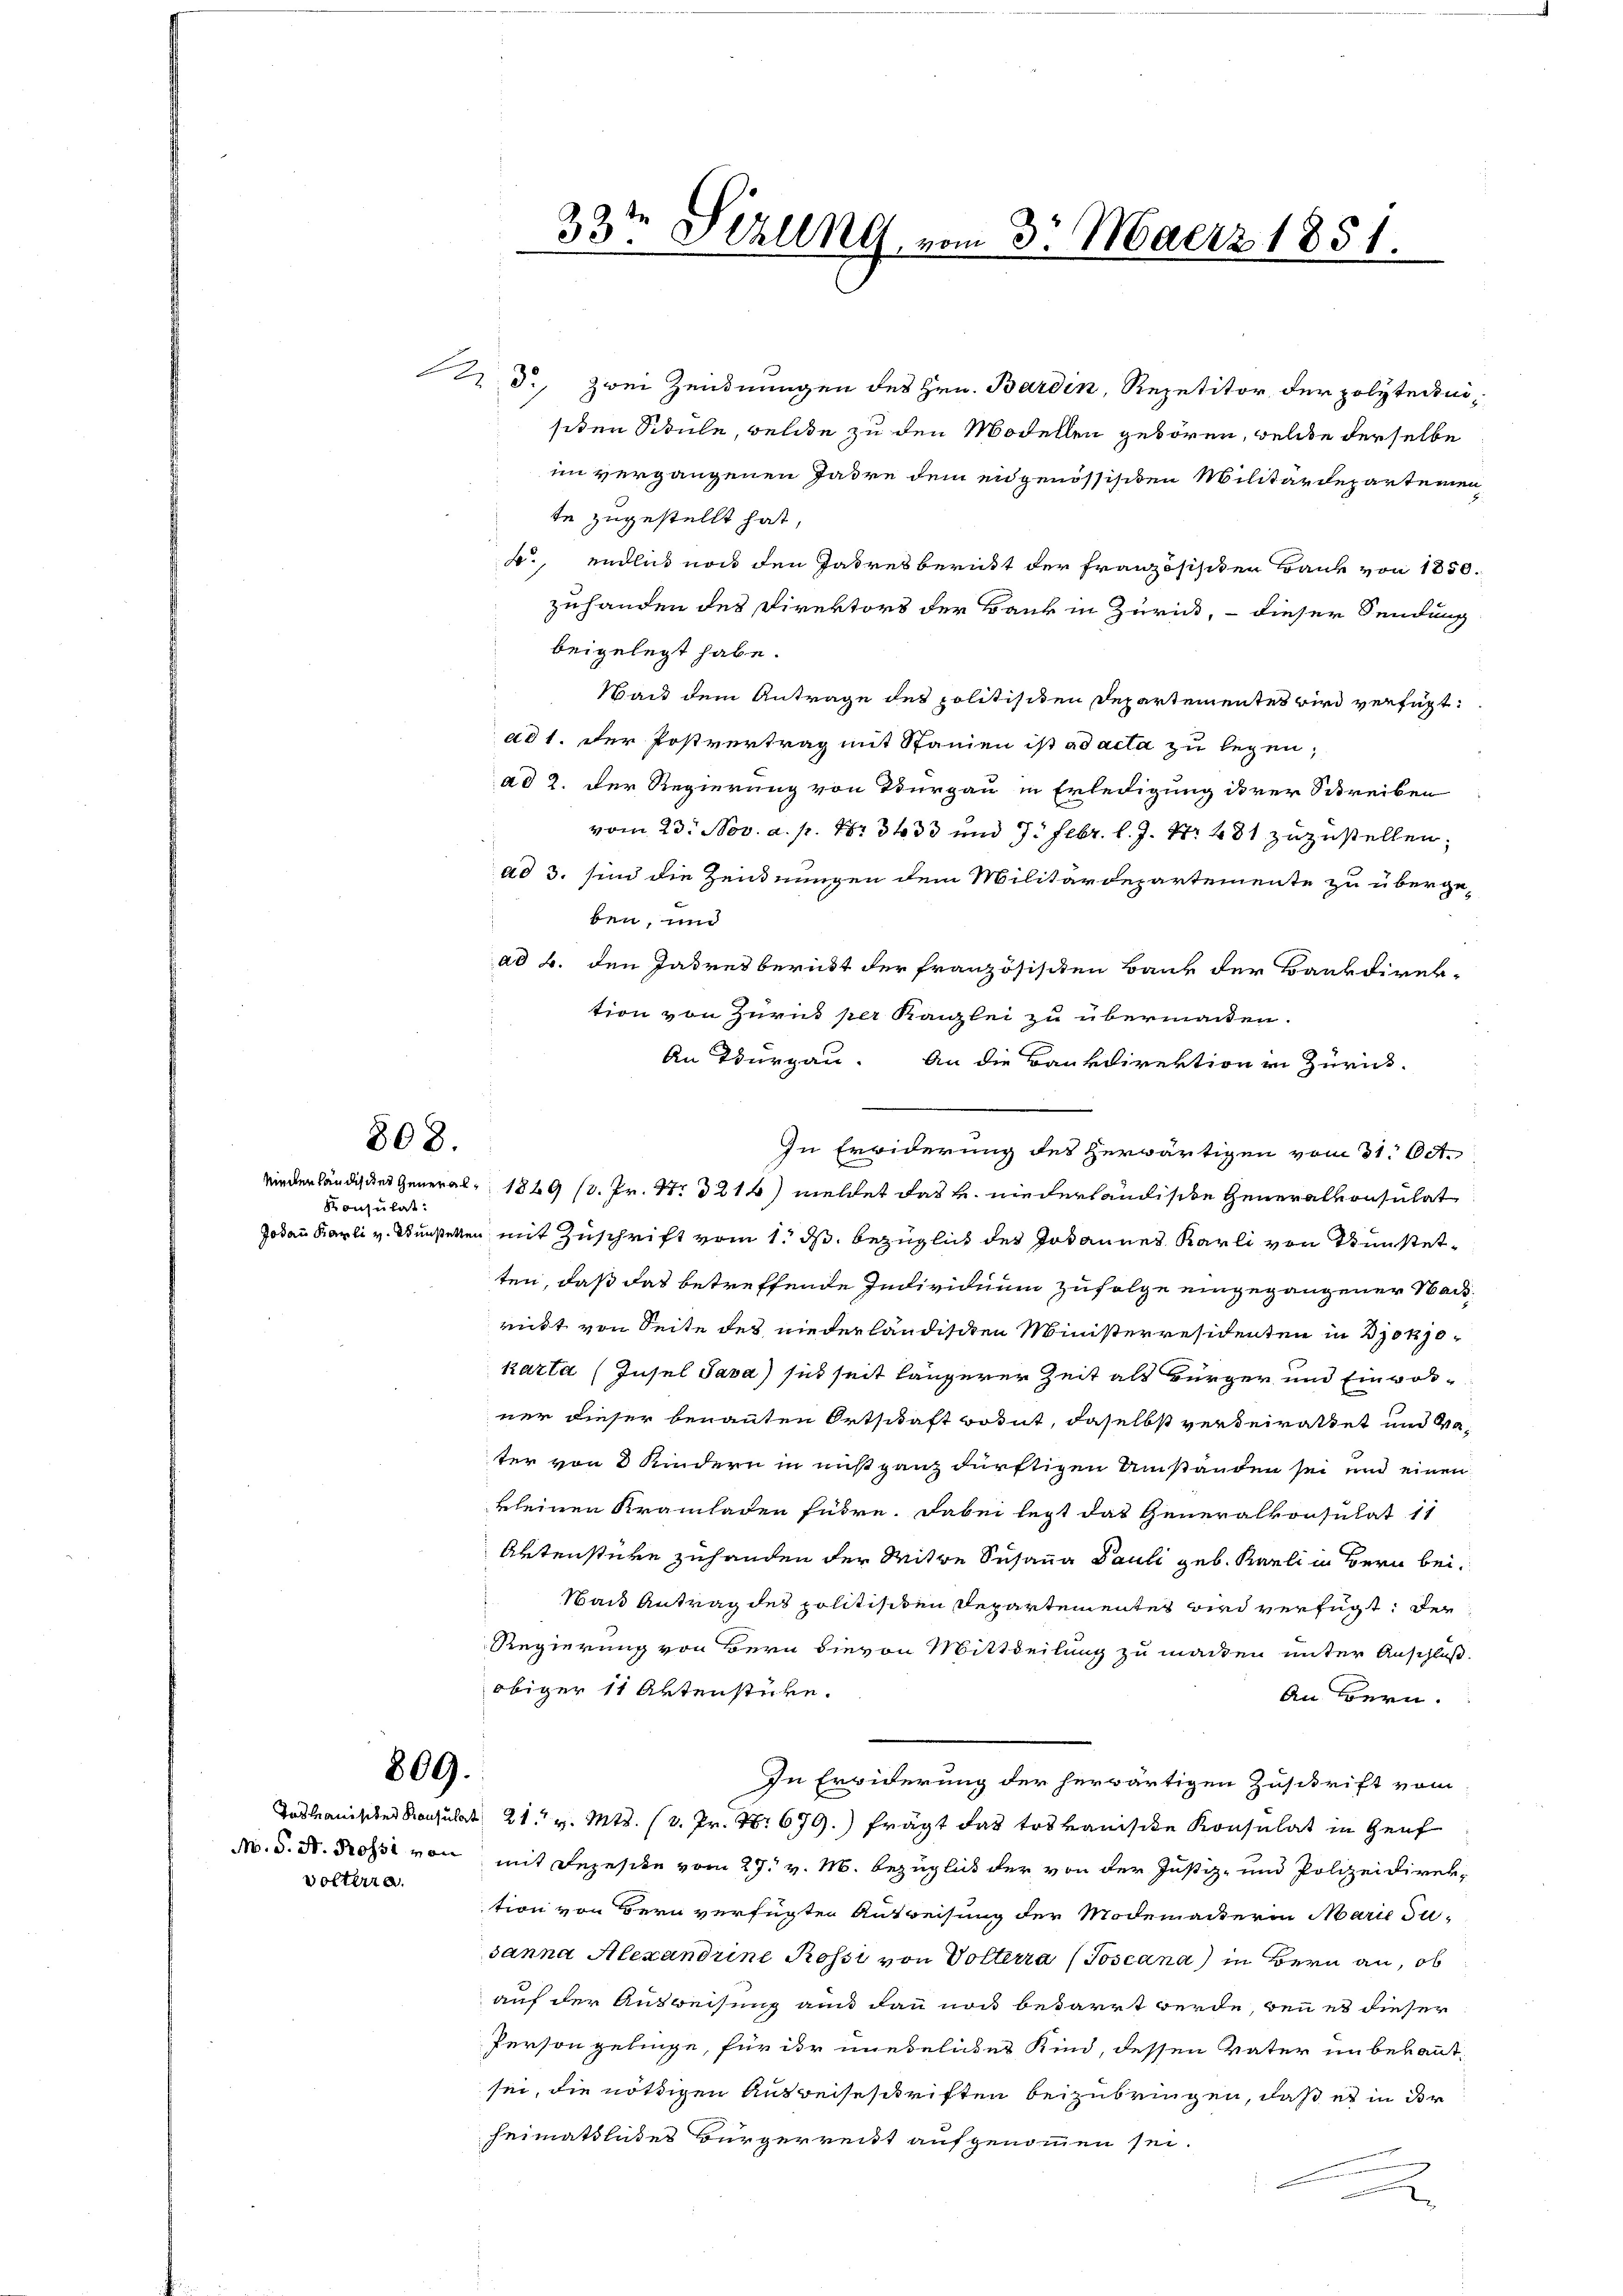
808.

Konsulat:

809.

volterta

d. zwei Zendnungen des Hrn. Bardin, Repetitor der polytecinisiden Schule, welche zu den Modellen geboren, welche derselbe
im vergangenen Jadre dem eidgenössischen Militärdepartemen,
te zugestellt hat,
b., endlich noch den Jahresbericht der Französischen Bank von 1850.
zuhanden des Direktors der Bank in Zürich, – dieser Sendung
beigelegt habe.
Wait dem Antrage des politisiten Departementes wird verfügt:
ad 1. Der Postvertrag mit Spanien ist ad acta zu legen;
ad 2. Der Regierung von Thurgau in Erledigung ihrer Schreiben
vom 23. Nov. a. p. Nr. 3433 und 7. Febr. l. J. Nr. 481 zuzustellen;
ad 3. sind die Zeidnungen dem Militärdepartemente zu übergeben, und
ad b. den Jahresbericht der französischen Bank der Bankdirektion von Zuruk per Kanzlei zu übermachen.
An Thurgau. An die Bankdirektion in Zürich.
In Erwiderung des herwärtigen vom 31. Oct.
Wiederländisches General- 1869 (3. Pr. S. 216) meldet das k. niederländische Generalkonsulat
Jodann Karli v. Kunstetten mit Zuschrift vom 1. ds. bezüglich des Johannes Karli von Dünstetten, daß das betreffende Individuum zufolge eingegangener Nachricht von Seite des niederländischen Ministerresidenten in Bjo 170
karta (Insel Java) sich seit längerer Zeit als Bürger und Einvorner dieser benannten Ortschaft votut, daselbst verdeirattet und dater von 3 Kindern in nicht ganz dürftigen Umstanden sei und einen
kleinen Kramladen führe. Dabei legt das Generalkonsulat 11
Artenstüre zuhanden der Witwe Susana Pauli geb. Karli in Bern bei¬
 Nach Antrag des politisiten Departementes wird verfügt: der
Regierung von Bern hievon Mittheilung zu machten unter Anschluß.
obiger 11 Aktenstücke.
An Bern.
In Erwiderung der herwärtigen Zuschrift vom
Jahanisiker Konsulat 21. v. Mts. (3. Pr. Nr. 679.) frägt das tosvanische Konsulat in Genf
No. 5. N. Rosse von mit Depesche vom 29. v. M. bezüglich der von der Justiz- und Polizeidirektion von Bern verfügten Ausweisung der Modemackterin Marie Jusanna Alexandrine Rossi von Volterra (Joscana) in Bern an, ob
auf der Ausweisung aus dann noch bedarrt werde, bei es dieser
Person gelinge, für ihr unebelndes Kind, dessen Vater unbekannt,
sei, die nöthigen Ausweiseschriften beizubringen, daß es in der
heimatliches Bürgerrecht aufgenommen sei

33te Serung vom 3. Maerz 1851.